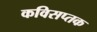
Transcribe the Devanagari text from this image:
कविसप्तक